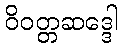
ဝိဝတ္တဆဒ္ဒေါ